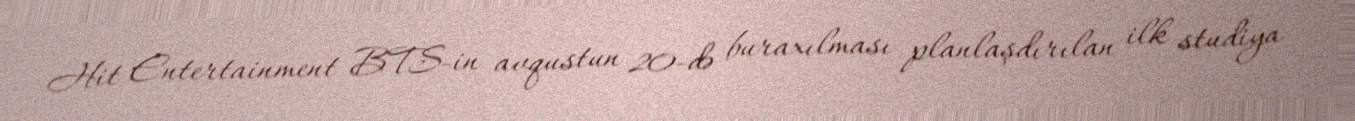
Hit Entertainment BTS-in avqustun 20-də buraxılması planlaşdırılan ilk studiya